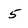
Character: 5